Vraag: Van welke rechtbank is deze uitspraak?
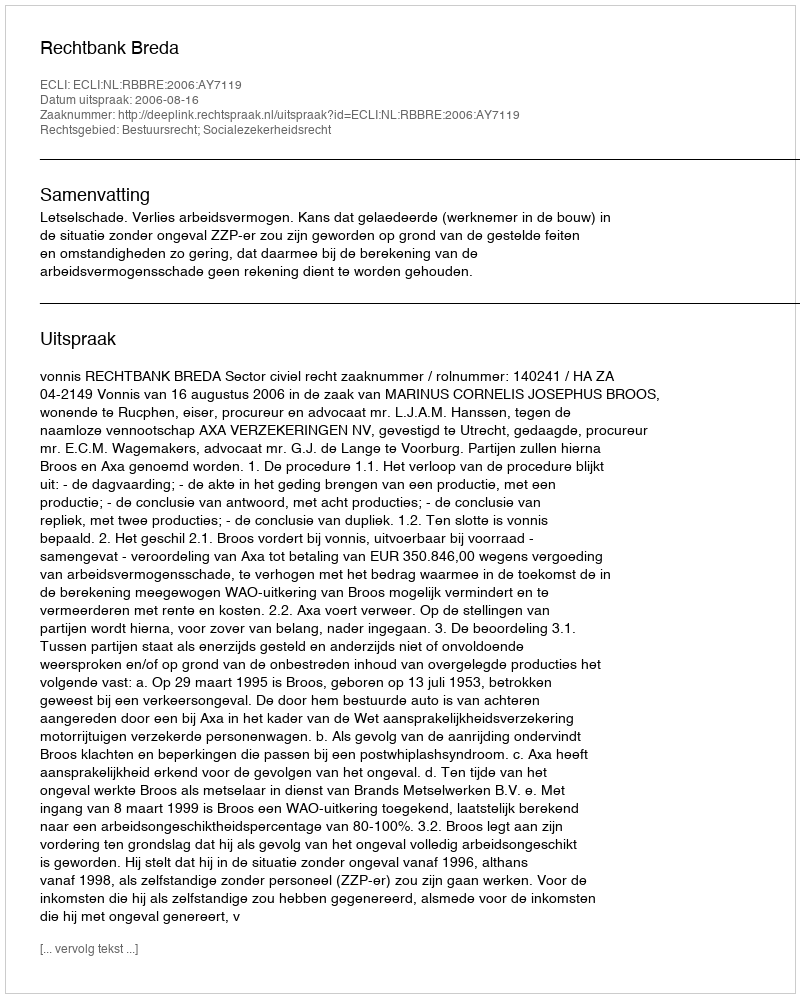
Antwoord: Rechtbank Breda